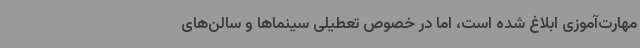
مهارت‌آموزی‌ ابلاغ شده است، اما در خصوص تعطیلی سینماها و سالن‌های